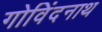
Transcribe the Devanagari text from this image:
गोविंदनाथ